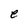
Character: e